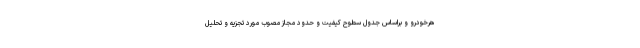
هرخودرو و براساس جدول سطوح کیفیت و حدود مجاز مصوب مورد تجزیه و تحلیل